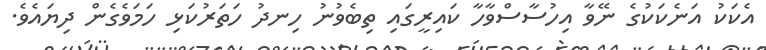
އެކަކު އަނެކަކުގެ ނޭވާ އިހުސާސްވާހާ ކައިރީގައި ތިބެވުނު ހިނދު ހަތަރުކަޅި ހަމަވެގެން ދިޔައެވެ.